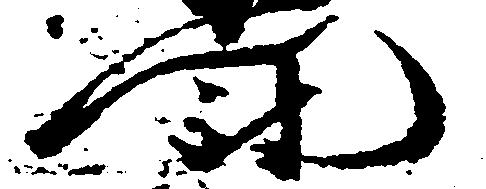
門